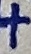
Text: +